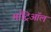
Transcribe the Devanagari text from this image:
माँट्रिऑल